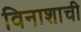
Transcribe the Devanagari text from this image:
विनाशाची